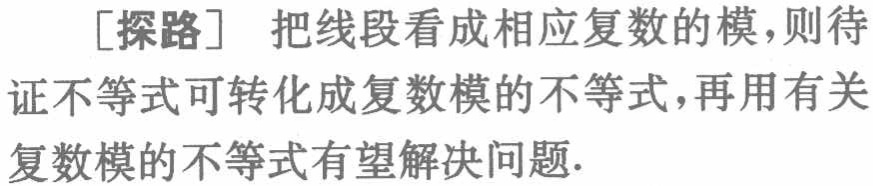
[探路] 把线段看成相应复数的模，则待证不等式可转化成复数模的不等式，再用有关复数模的不等式有望解决问题.